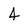
Character: 4